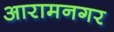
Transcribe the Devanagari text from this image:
आरामनगर